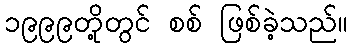
၁၉၉၉တို့တွင် စစ် ဖြစ်ခဲ့သည်။